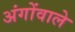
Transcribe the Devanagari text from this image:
अंगोंवाले